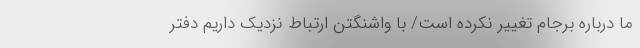
ما درباره برجام تغییر نکرده است/ با واشنگتن ارتباط نزدیک داریم دفتر